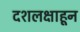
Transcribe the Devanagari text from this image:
दशलक्षाहून